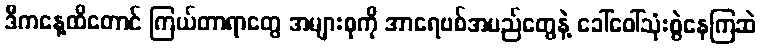
ဒီကနေ့ထိတောင် ကြယ်တာရာတွေ အများစုကို အာရေဗစ်အမည်တွေနဲ့ ခေါ်ဝေါ်သုံးစွဲနေကြဆဲ